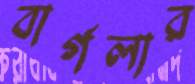
বার্গলার